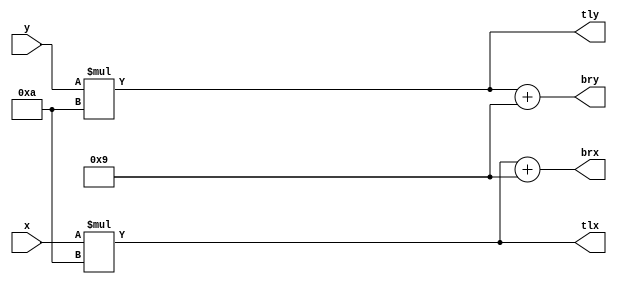
module superpixel2pixel (
    x,
    y,
    tlx,
    tly,
    brx,
    bry
);

parameter SPIXEL_X_WIDTH    = 6;
parameter SPIXEL_Y_WIDTH    = 6;
parameter SPIXEL_X_MAX      = 64;
parameter SPIXEL_Y_MAX      = 48;
parameter PIXEL_X_WIDTH     = 10;
parameter PIXEL_Y_WIDTH     = 9;
parameter PIXEL_X_MAX       = 640;
parameter PIXEL_Y_MAX       = 480;

localparam SPIXEL_PHY       = PIXEL_X_MAX / SPIXEL_X_MAX;

input [SPIXEL_X_WIDTH - 1 : 0] x;
input [SPIXEL_Y_WIDTH - 1 : 0] y;
output [PIXEL_X_WIDTH - 1 : 0] tlx;
output [PIXEL_Y_WIDTH - 1 : 0] tly;
output [PIXEL_X_WIDTH - 1 : 0] brx;
output [PIXEL_Y_WIDTH - 1 : 0] bry;

assign tlx = x * SPIXEL_PHY;
assign tly = y * SPIXEL_PHY;
assign brx = tlx + (SPIXEL_PHY - 1);
assign bry = tly + (SPIXEL_PHY - 1);

endmodule